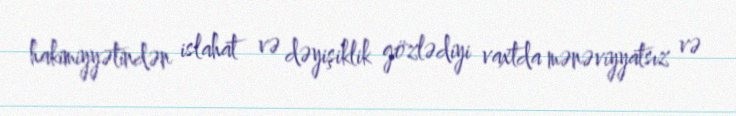
hakimiyyətindən islahat və dəyişiklik gözlədiyi vaxtda mənəviyyatsız və